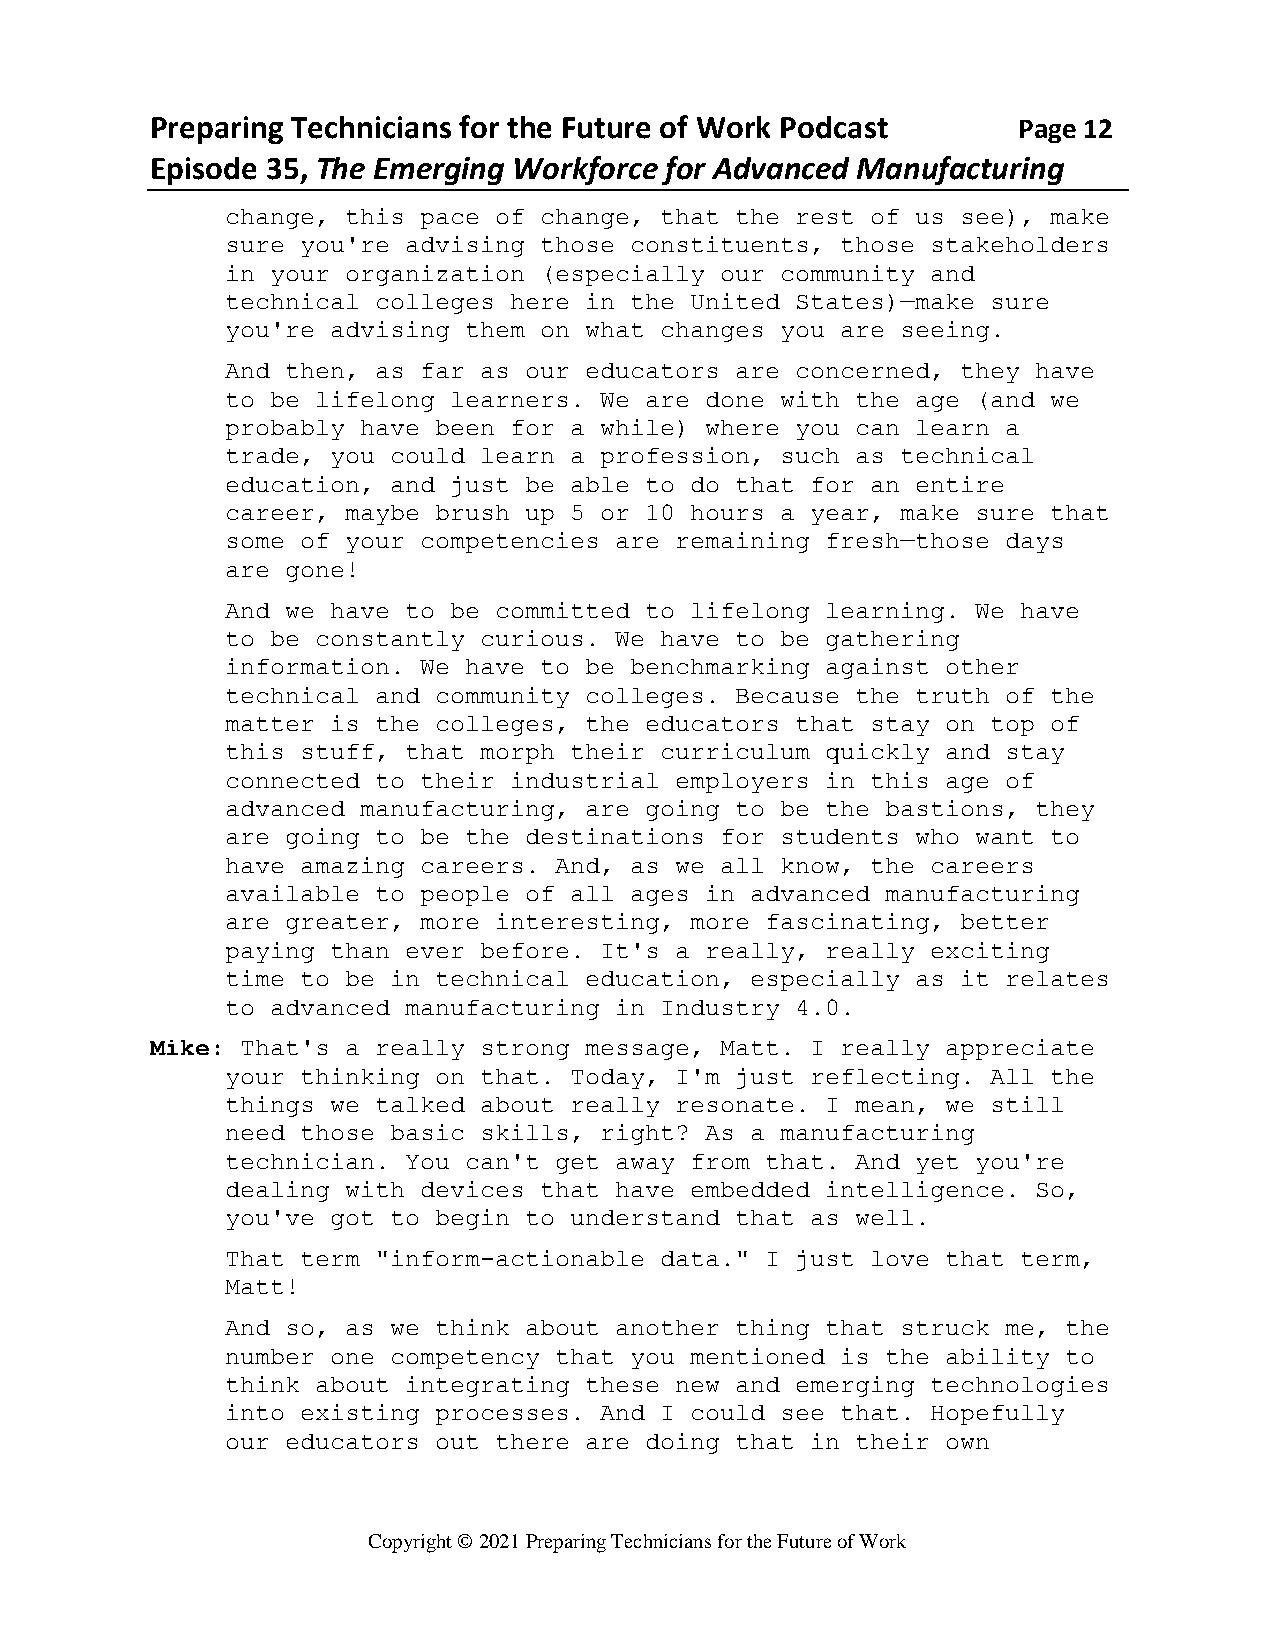
Preparing Technicians for the Future of Work Podcast     Page 12
 Episode 35, The Emerging Workforce for Advanced Manufacturing
 change, this pace of change, that the rest of us see), make
 sure you're advising those constituents, those stakeholders
 in your organization (especially our community and
 technical colleges here in the United States)—make sure
 you're advising them on what changes you are seeing.
 And then, as far as our educators are concerned, they have
 to be lifelong learners. We are done with the age (and we
 probably have been for a while) where you can learn a
 trade, you could learn a profession, such as technical
 education, and just be able to do that for an entire
 career, maybe brush up 5 or 10 hours a year, make sure that
 some of your competencies are remaining fresh—those days
 are gone!
 And we have to be committed to lifelong learning. We have
 to be constantly curious. We have to be gathering
 information. We have to be benchmarking against other
 technical and community colleges. Because the truth of the
 matter is the colleges, the educators that stay on top of
 this stuff, that morph their curriculum quickly and stay
 connected to their industrial employers in this age of
 advanced manufacturing, are going to be the bastions, they
 are going to be the destinations for students who want to
 have amazing careers. And, as we all know, the careers
 available to people of all ages in advanced manufacturing
 are greater, more interesting, more fascinating, better
 paying than ever before. It's a really, really exciting
 time to be in technical education, especially as it relates
 to advanced manufacturing in Industry 4.0.
 Mike: That's a really strong message, Matt. I really appreciate
 your thinking on that. Today, I'm just reflecting. All the
 things we talked about really resonate. I mean, we still
 need those basic skills, right? As a manufacturing
 technician. You can't get away from that. And yet you're
 dealing with devices that have embedded intelligence. So,
 you've got to begin to understand that as well.
 That term "inform-actionable data." I just love that term,
 Matt!
 And so, as we think about another thing that struck me, the
 number one competency that you mentioned is the ability to
 think about integrating these new and emerging technologies
 into existing processes. And I could see that. Hopefully
 our educators out there are doing that in their own
 Copyright © 2021 Preparing Technicians for the Future of Work